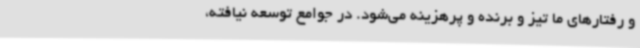
و رفتارهای ما تیز و برنده و پرهزینه می‌شود. در جوامع توسعه نیافته،